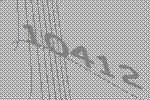
10412